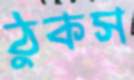
ঠুকস